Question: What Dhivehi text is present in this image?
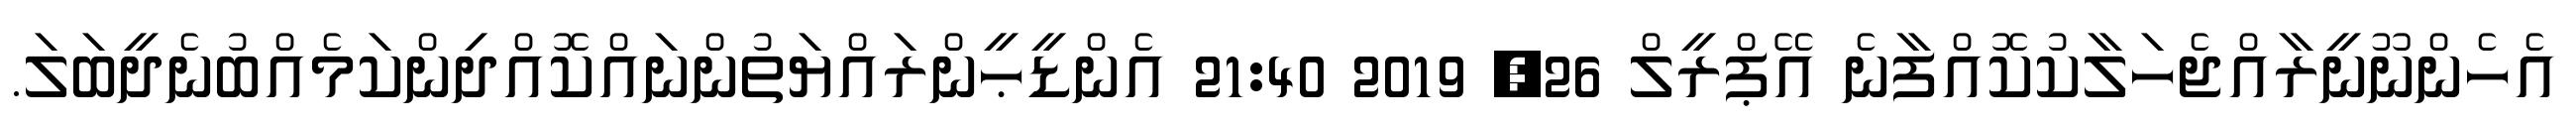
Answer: އެހެންނޫނީރާއްޖެހަލާކުކޮއްފާނެ އޭޕްރީލް 26, 2019 21:40 އެންޑީޙީންރައްޔަތުންނައްކޮއްދިންކަމެއްބުނެދީބަލަ.